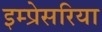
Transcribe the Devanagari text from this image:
इम्प्रेसरिया